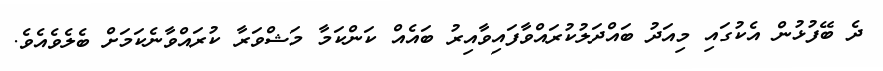
ދެ ބޭފުޅުން އެކުގައި މިއަދު ބައްދަލުކުރައްވާފައިވާއިރު ބައެއް ކަންކަމާ މަޝްވަރާ ކުރައްވާނެކަމަށް ބެލެވެއެވެ.